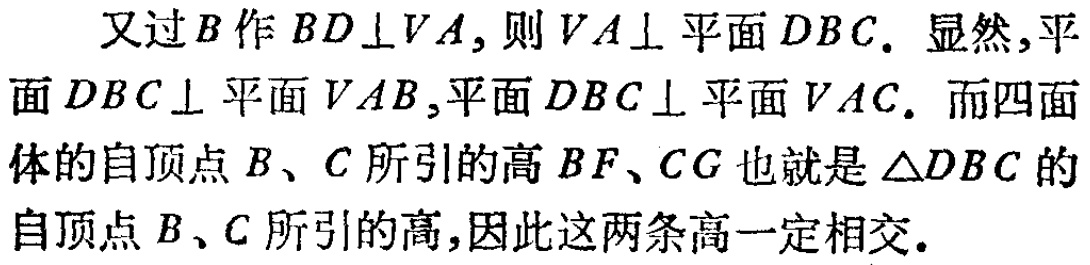
又过\(B\)作\(BD\perp VA\)，则\(VA\perp\)平面\(DBC\)。显然，平面\(DBC\perp\)平面\(VAB\)，平面\(DBC\perp\)平面\(VAC\)。而四面体的自顶点\(B\)、\(C\)所引的高\(BF\)、\(CG\)也就是\(\triangle DBC\)的自顶点\(B\)、\(C\)所引的高，因此这两条高一定相交。